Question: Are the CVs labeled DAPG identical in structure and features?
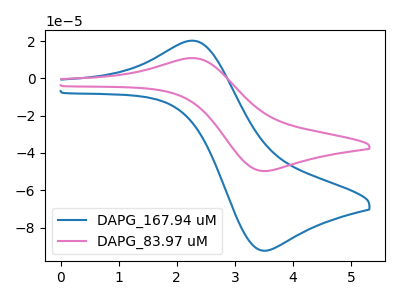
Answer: <think>The blue curve "DAPG_167.94 uM" has an anodic peak at (2.30V, 20.05uA) and a cathodic peak at (3.50V, -92.40uA). The pink curve "DAPG_83.97 uM" has an anodic peak at (2.30V, 10.80uA) and a cathodic peak at (3.50V, -49.70uA).
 All the peaks in "DAPG_167.94 uM" have a peak in "DAPG_83.97 uM" at the same potential. Every peak in "DAPG_167.94 uM" is higher than every peak in "DAPG_83.97 uM".</think>
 <answer>All the CV's of "DAPG" have similar shape.</answer>
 <eval>follow_rule</eval>